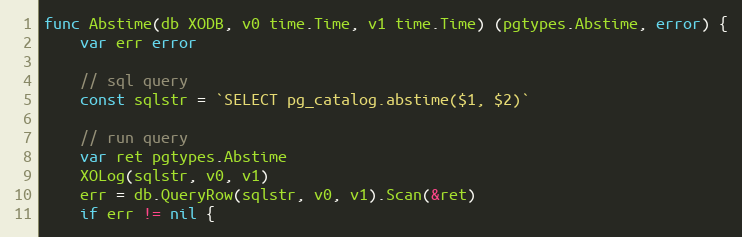
Language: Go
func Abstime(db XODB, v0 time.Time, v1 time.Time) (pgtypes.Abstime, error) {
	var err error

	// sql query
	const sqlstr = `SELECT pg_catalog.abstime($1, $2)`

	// run query
	var ret pgtypes.Abstime
	XOLog(sqlstr, v0, v1)
	err = db.QueryRow(sqlstr, v0, v1).Scan(&ret)
	if err != nil {